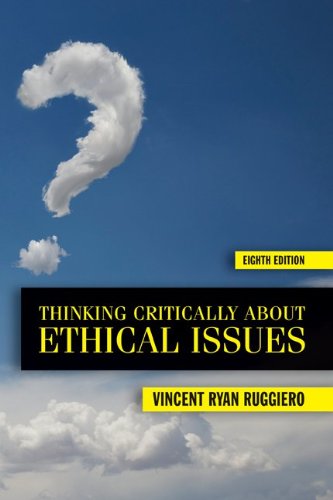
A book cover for Thinking Critically About Ethical Issues; Vincent Ruggiero; Politics & Social Sciences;